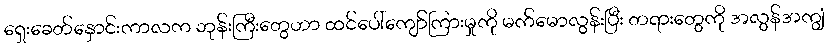
ရှေးခေတ်နှောင်းကာလက ဘုန်းကြီးတွေဟာ ထင်ပေါ်ကျော်ကြားမှုကို မက်မောလွန်းပြီး တရားတွေကို အလွန်အကျွံ